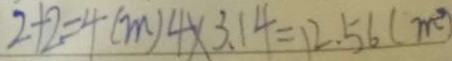
2 + 2 = 4 ( m ) 4 \times 3 . 1 4 = 1 2 . 5 6 ( m ^ { 2 } )